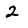
Digit: 2